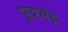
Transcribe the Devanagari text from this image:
पुत्रमंद्र